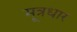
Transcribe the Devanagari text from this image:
मूत्रधार